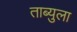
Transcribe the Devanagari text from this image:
ताब्युला